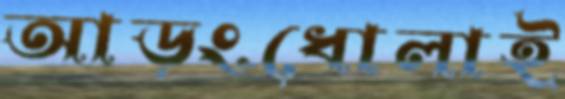
আড়ংধোলাই